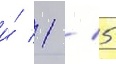
и́ 1 / 5